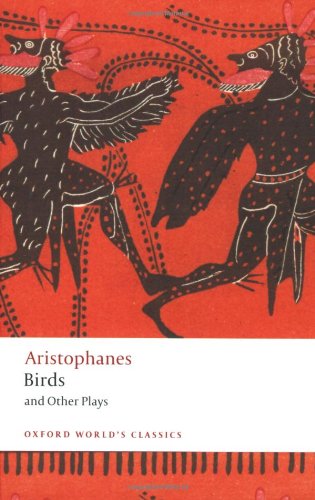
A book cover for Birds and Other Plays (Oxford World's Classics); Aristophanes; Literature & Fiction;